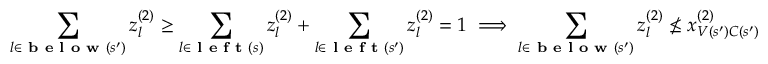
\sum _ { l \in \textbf { b e l o w } ( s ^ { \prime } ) } z _ { l } ^ { ( 2 ) } \geq \sum _ { l \in \textbf { l e f t } ( s ) } z _ { l } ^ { ( 2 ) } + \sum _ { l \in \textbf { l e f t } ( s ^ { \prime } ) } z _ { l } ^ { ( 2 ) } = 1 \implies \sum _ { l \in \textbf { b e l o w } ( s ^ { \prime } ) } z _ { l } ^ { ( 2 ) } \not \leq x _ { V ( s ^ { \prime } ) C ( s ^ { \prime } ) } ^ { ( 2 ) }